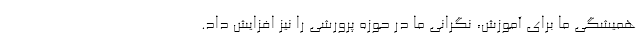
همیشگی ما برای آموزش، نگرانی ما در حوزه پرورشی را نیز افزایش داد.‌